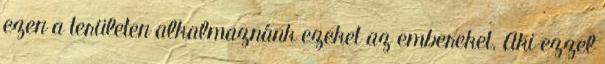
ezen a területen alkalmaznánk ezeket az embereket. Aki ezzel